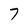
Character: 7